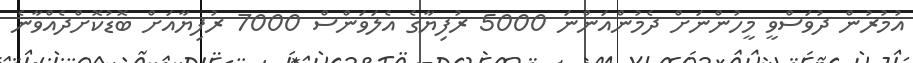
އުމުރުން ދުވަސްވީ މީހުންނަށް ދެމުންއަންނަ 5000 ރުފިޔާގެ އެލަވަންސް 7000 ރުފިޔާއަށް ބޮޑުކޮށްދެއްވާނެ